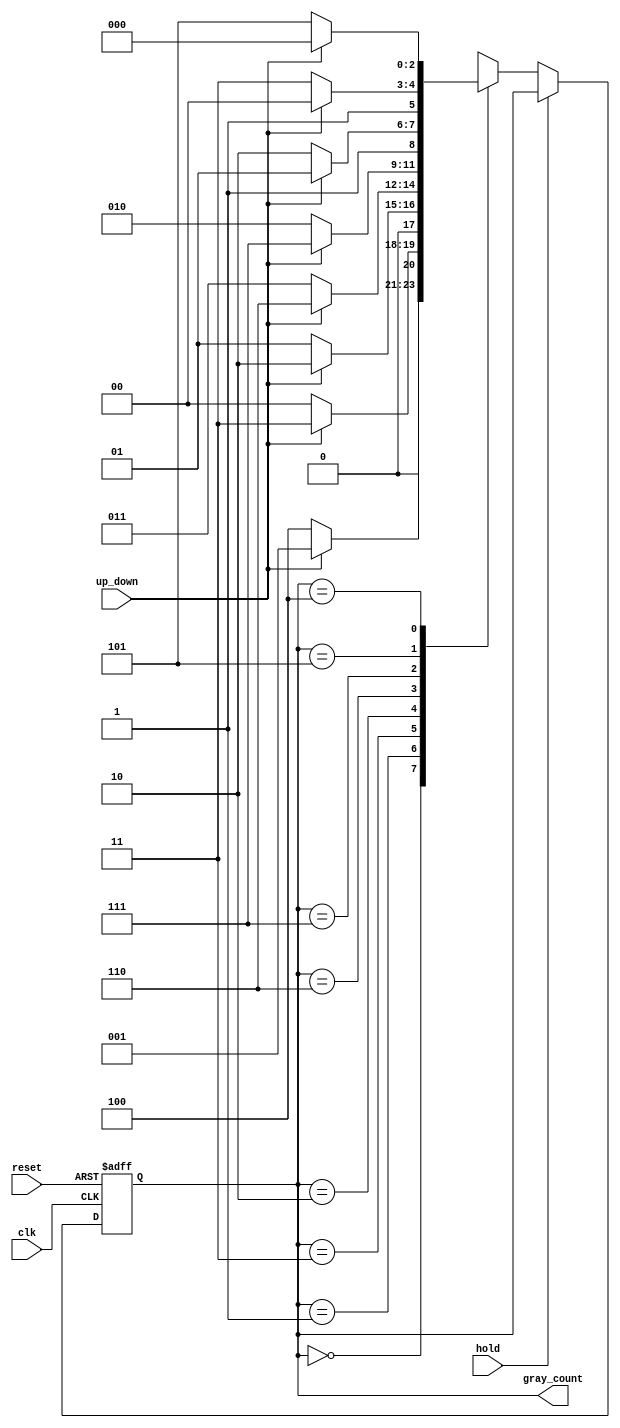
// Copyright 2003 Star Galaxy Publishing

module gray_ctr (clk, reset, up_down, hold, gray_count);
  parameter s0 =3'b000, s1=3'b001, s2=3'b011, s3=3'b010,
   s4=3'b110, s5=3'b111, s6=3'b101, s7=3'b100;

  input clk, reset, up_down, hold;

  output [2:0] gray_count;
  reg [2:0] gray_count;

  always @(negedge clk or negedge reset)
    if (! reset)
      gray_count = s0;
    else if (! hold)
      case (gray_count)
        s0: gray_count = up_down ? s1 : s7;
        s1: gray_count = up_down ? s2 : s0;
        s2: gray_count = up_down ? s3 : s1;
        s3: gray_count = up_down ? s4 : s2;
        s4: gray_count = up_down ? s5 : s3;
        s5: gray_count = up_down ? s6 : s4;
        s6: gray_count = up_down ? s7 : s5;
        s7: gray_count = up_down ? s0 : s6;
      endcase
endmodule